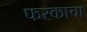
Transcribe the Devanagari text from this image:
फरकाचा